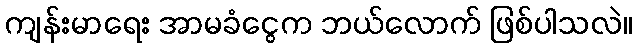
ကျန်းမာရေး အာမခံငွေက ဘယ်လောက် ဖြစ်ပါသလဲ။